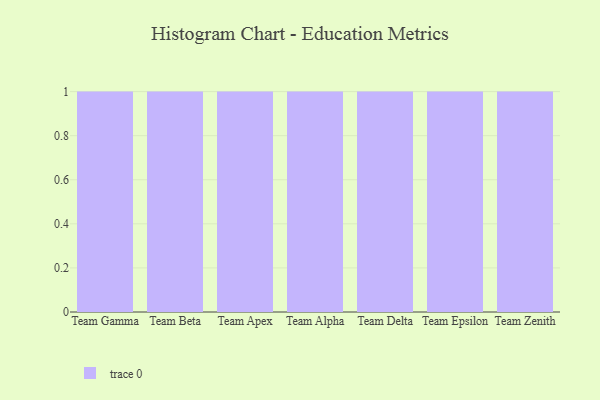
{"axis": {"x": "Team", "y": "Inventory Turnover"}, "legend": [""], "data": [{"x": "Team Gamma", "y": 63, "type": ""}, {"x": "Team Beta", "y": 100, "type": ""}, {"x": "Team Apex", "y": 7, "type": ""}, {"x": "Team Alpha", "y": 70, "type": ""}, {"x": "Team Delta", "y": 63, "type": ""}, {"x": "Team Epsilon", "y": 64, "type": ""}, {"x": "Team Zenith", "y": 76, "type": ""}]}